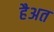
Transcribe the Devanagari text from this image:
हैअत